65_HS1-834228961_62-HQ-83894_Section_6
Agency: FBI
Page 113
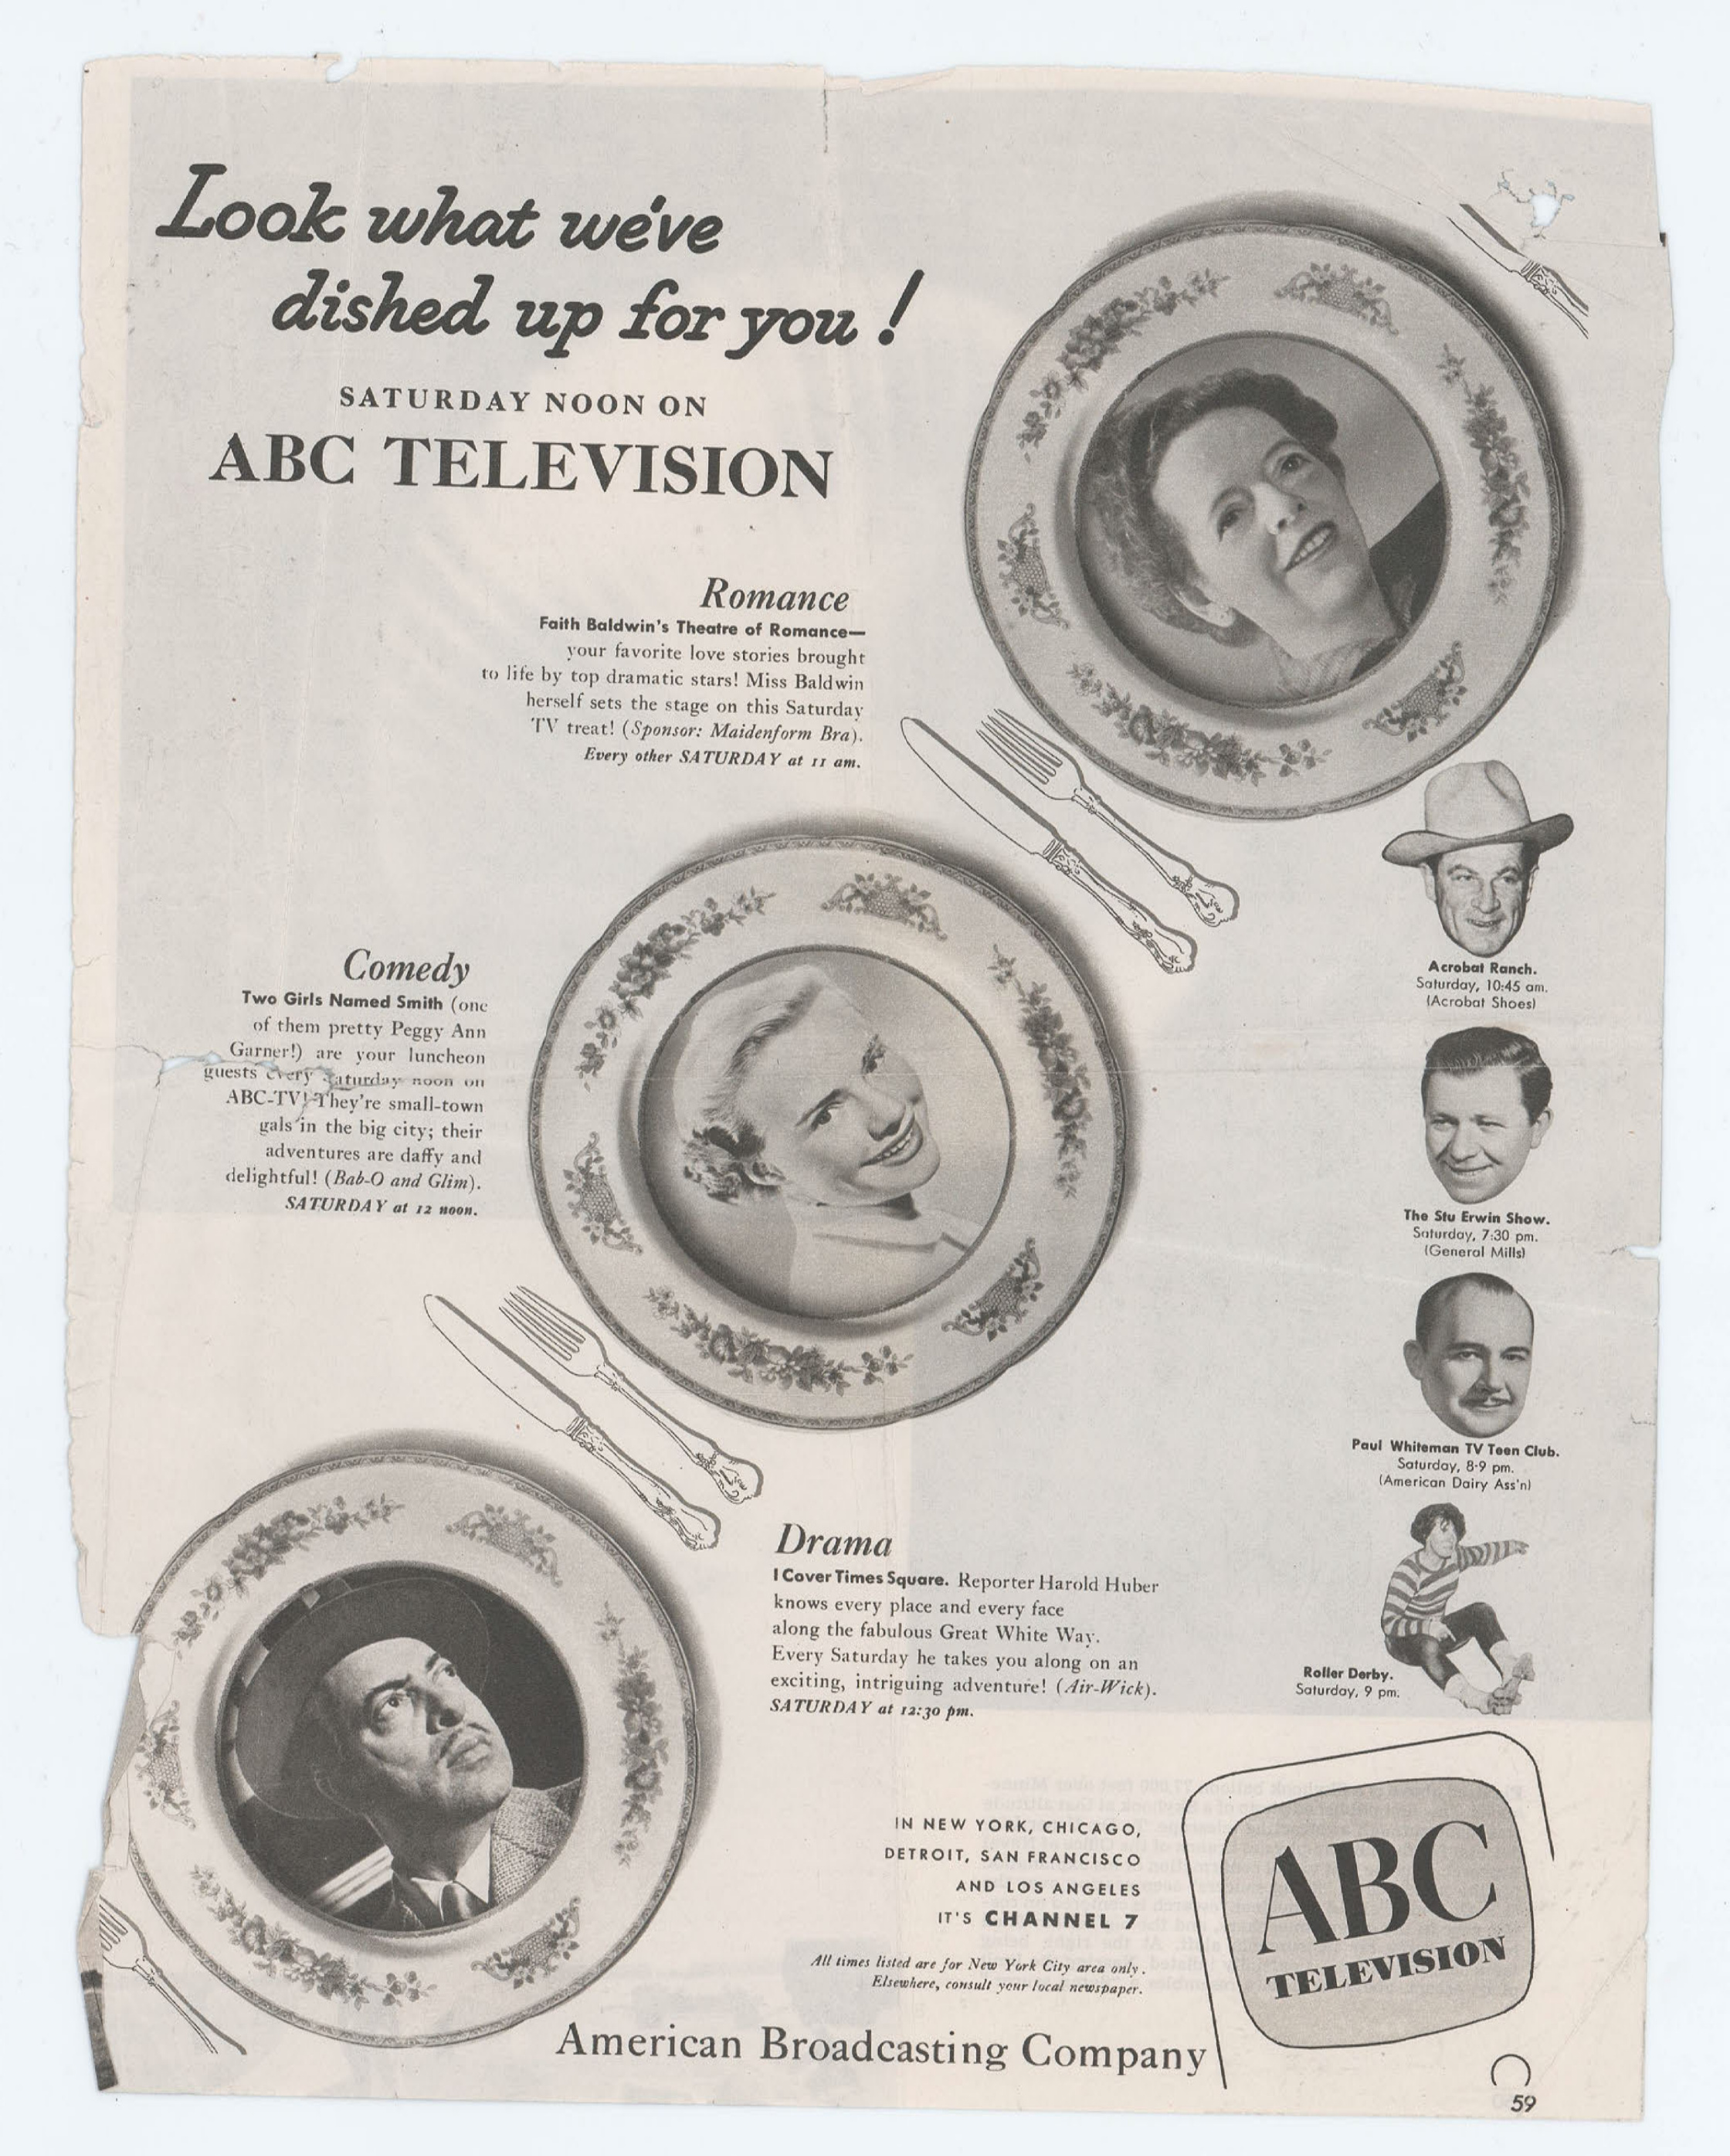